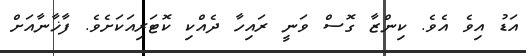
އަޑު އިވެ އެވެ. ކިންޒާ ގޮސް ވަނީ ރައިހާ ދެއްކި ކޮޓަރިއަކަށެވެ. ފާޚާނާއަށް